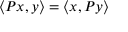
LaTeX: \langle P x , y \rangle = \langle x , P y \rangle